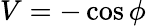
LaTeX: V=-\cos\phi